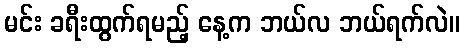
မင်း ခရီးထွက်ရမည့် နေ့က ဘယ်လ ဘယ်ရက်လဲ။